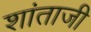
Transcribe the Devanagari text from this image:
शांताजी